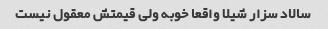
سالاد سزار شیلا واقعا خوبه ولی قیمتش معقول نیست